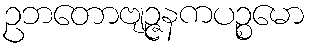
ဥဘတောဗျဉ္ဇနကပဉ္စမော